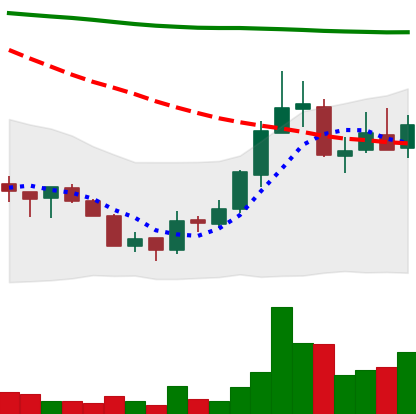
Ticker: ADA-USD
Chart end date: 2018-07-24
Forward return: -5.693%
Label: down_5_7